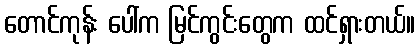
တောင်ကုန်း ပေါ်က မြင်ကွင်းတွေက ထင်ရှားတယ်။